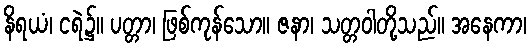
နိရယံ၊ ငရဲ၌။ ပတ္တာ၊ ဖြစ်ကုန်သော။ ဇနာ၊ သတ္တဝါတို့သည်။ အနေကာ၊